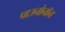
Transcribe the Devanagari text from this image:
पाउनोनॉन